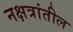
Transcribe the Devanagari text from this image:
नक्षत्रांतील